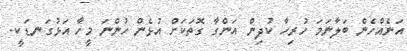
އަނެއްހެން ބަލާނަމަ ހުރިހާ ކުދިން އަންގާ ގޮތަކަށް އުޅެން ހުންނަ މީހާ އަޅުގަނޑަކީ.